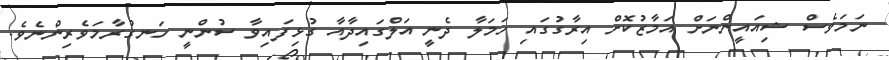
ނަމަވެސް ޝިއައީންނަށް އަމާޒުކޮށް އިރާގުގައި ހަމަލާ ދެނީ އަލްގައިދާއާ ގުޅިފައިވާ ސުންނީ ހަނގުރާމަވެރިންނެވެ.